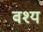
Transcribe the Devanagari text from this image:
वश्य